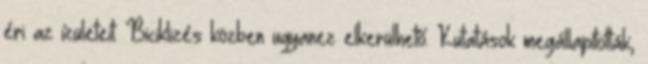
éri az ízületeit. Biciklizés közben ugyanez elkerülhető. Kutatások megállapították,